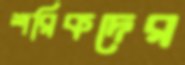
শরিকদের